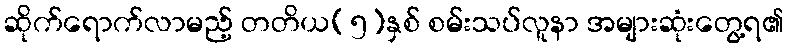
ဆိုက်ရောက်လာမည့် တတိယ(၅)နှစ် စမ်းသပ်လူနာ အများဆုံးတွေ့ရ၏